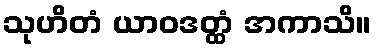
သုဟိတံ ယာဝဒတ္ထံ အကာသိ။